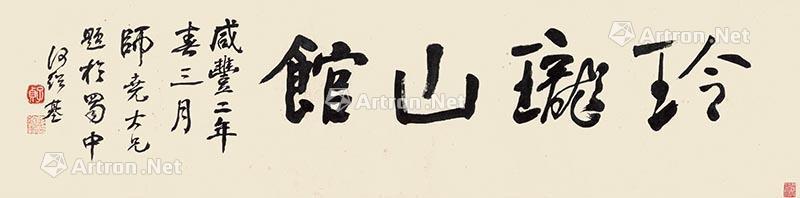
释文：玲珑山馆咸丰二年春三月，师尧大兄题于蜀中，何绍基